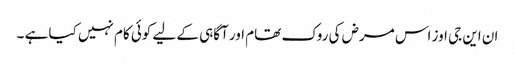
ان این جی اوز اس مرض کی روک تھام اور آگاہی کے لیے کوئی کام نہیں کیا ہے ۔